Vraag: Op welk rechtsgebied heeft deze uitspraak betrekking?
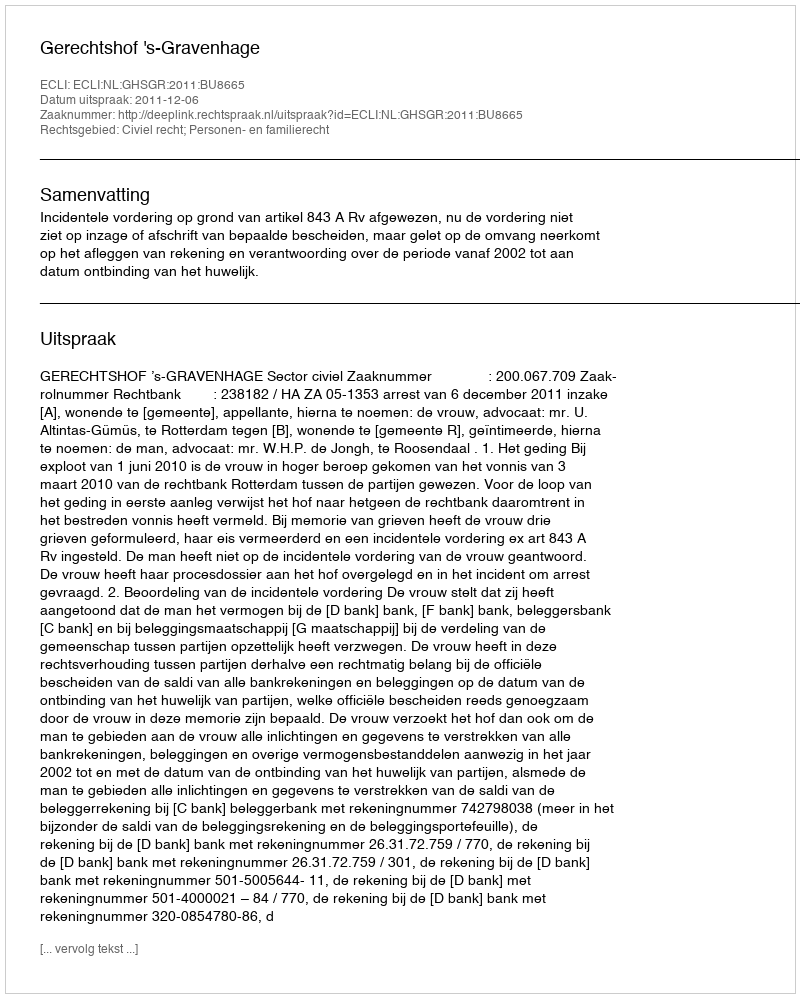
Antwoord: Civiel recht; Personen- en familierecht